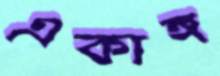
একাঙ্গ